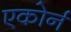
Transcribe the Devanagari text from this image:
एकोर्न